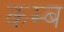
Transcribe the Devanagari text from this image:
कम्ब